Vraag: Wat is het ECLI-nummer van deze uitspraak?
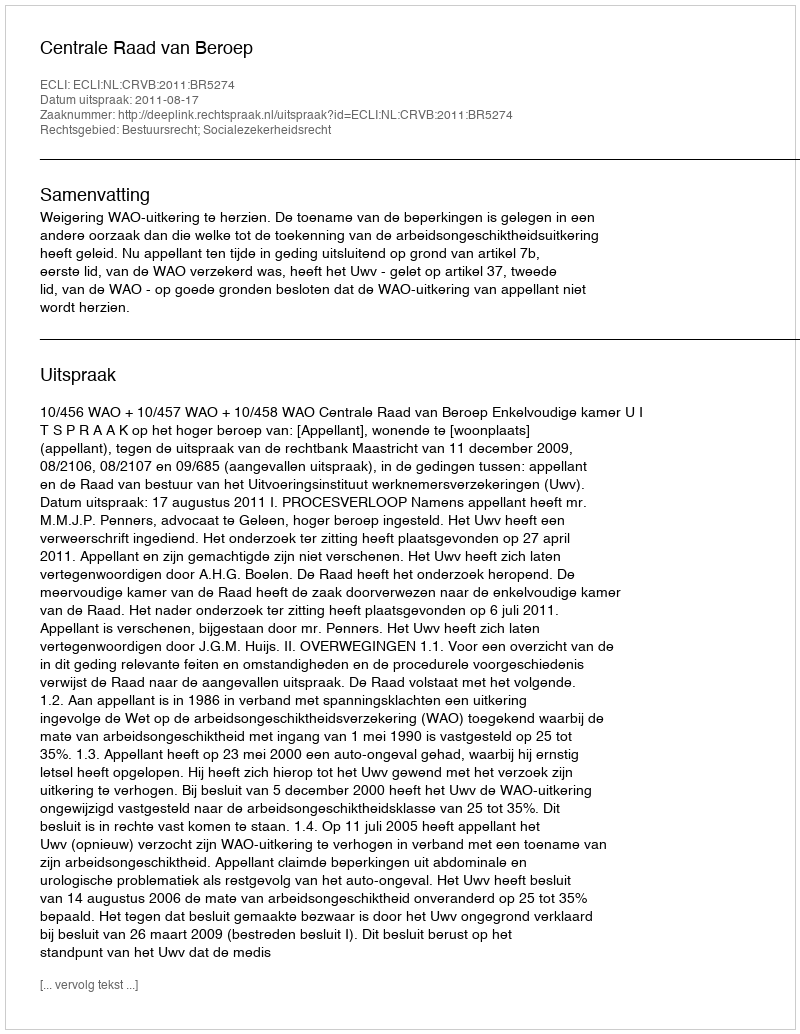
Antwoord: ECLI:NL:CRVB:2011:BR5274